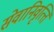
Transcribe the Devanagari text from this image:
सेवानिवृत्‍ति